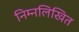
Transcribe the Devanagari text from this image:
निम्नलिखित